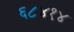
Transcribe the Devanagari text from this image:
६८४१४